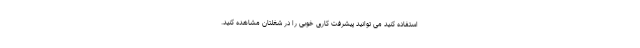
استفاده کنید می توانید پیشرفت کاری خوبی را در شغلتان مشاهده کنید.